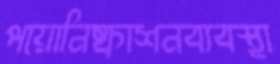
পয়োনিষ্কাশনব্যবস্থা